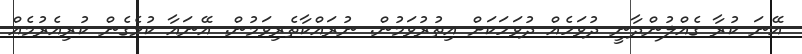
އޭނަ ކުރާ ގެއްލުންދާނީ ދުވަހެއް ދުވަހަކަށް އިތުރުވަމުން. ނުރައްކާތެރިވަމުން. އޭނައާ ކުޅެގެން ކުރިއެރުމެއް